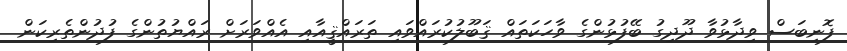
ފޮނިބަސް ވިދާޅުވާ ދޫދިގު ބޭފުޅުންގެ ވާހަކަތައް ޤަބޫލުކުރައްވައި ތަރައްޤީއާއި އެއްވަރަށް ރައްޔުތުންގެ ފުދުންތެރިކަން